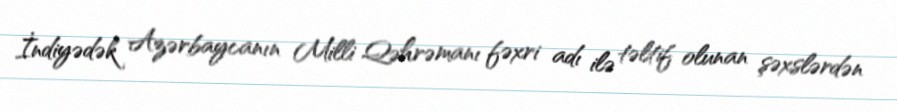
İndiyədək Azərbaycanın Milli Qəhrəmanı fəxri adı ilə təltif olunan şəxslərdən